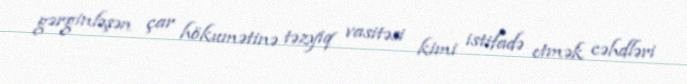
gərginləşən çar hökumətinə təzyiq vasitəsi kimi istifadə etmək cəhdləri